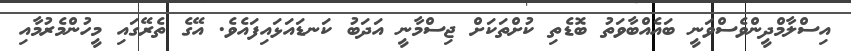
އިސްލާމްދީންވެސްވަނީ ބައެއްބާވަތު ބޮޑެތި ކުށްތަކަށް ޖިސްމާނީ އަދަބު ކަނޑައަޅައިފައެވެ. އޭގެ ތެރޭގައި މީހުންމެރުމާއި